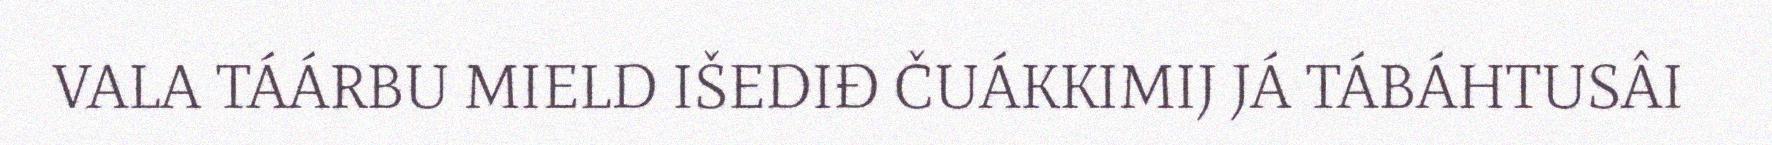
VALA TÁÁRBU MIELD IŠEDIĐ ČUÁKKIMIJ JÁ TÁBÁHTUSÂI